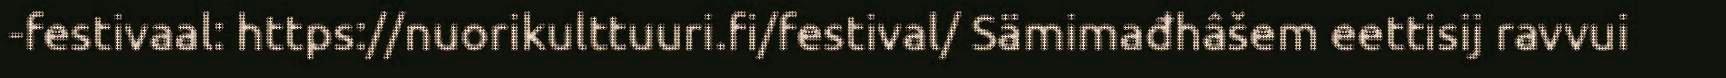
-festivaal: https://nuorikulttuuri.fi/festival/ Sämimađhâšem eettisij ravvui